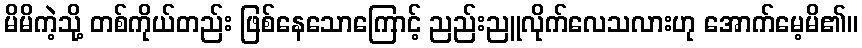
မိမိကဲ့သို့ တစ်ကိုယ်တည်း ဖြစ်နေသောကြောင့် ညည်းညူလိုက်လေသလားဟု အောက်မေ့မိ၏။